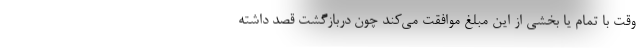
وقت با تمام یا بخشی از این مبلغ موافقت می‌کند چون دربازگشت قصد داشته